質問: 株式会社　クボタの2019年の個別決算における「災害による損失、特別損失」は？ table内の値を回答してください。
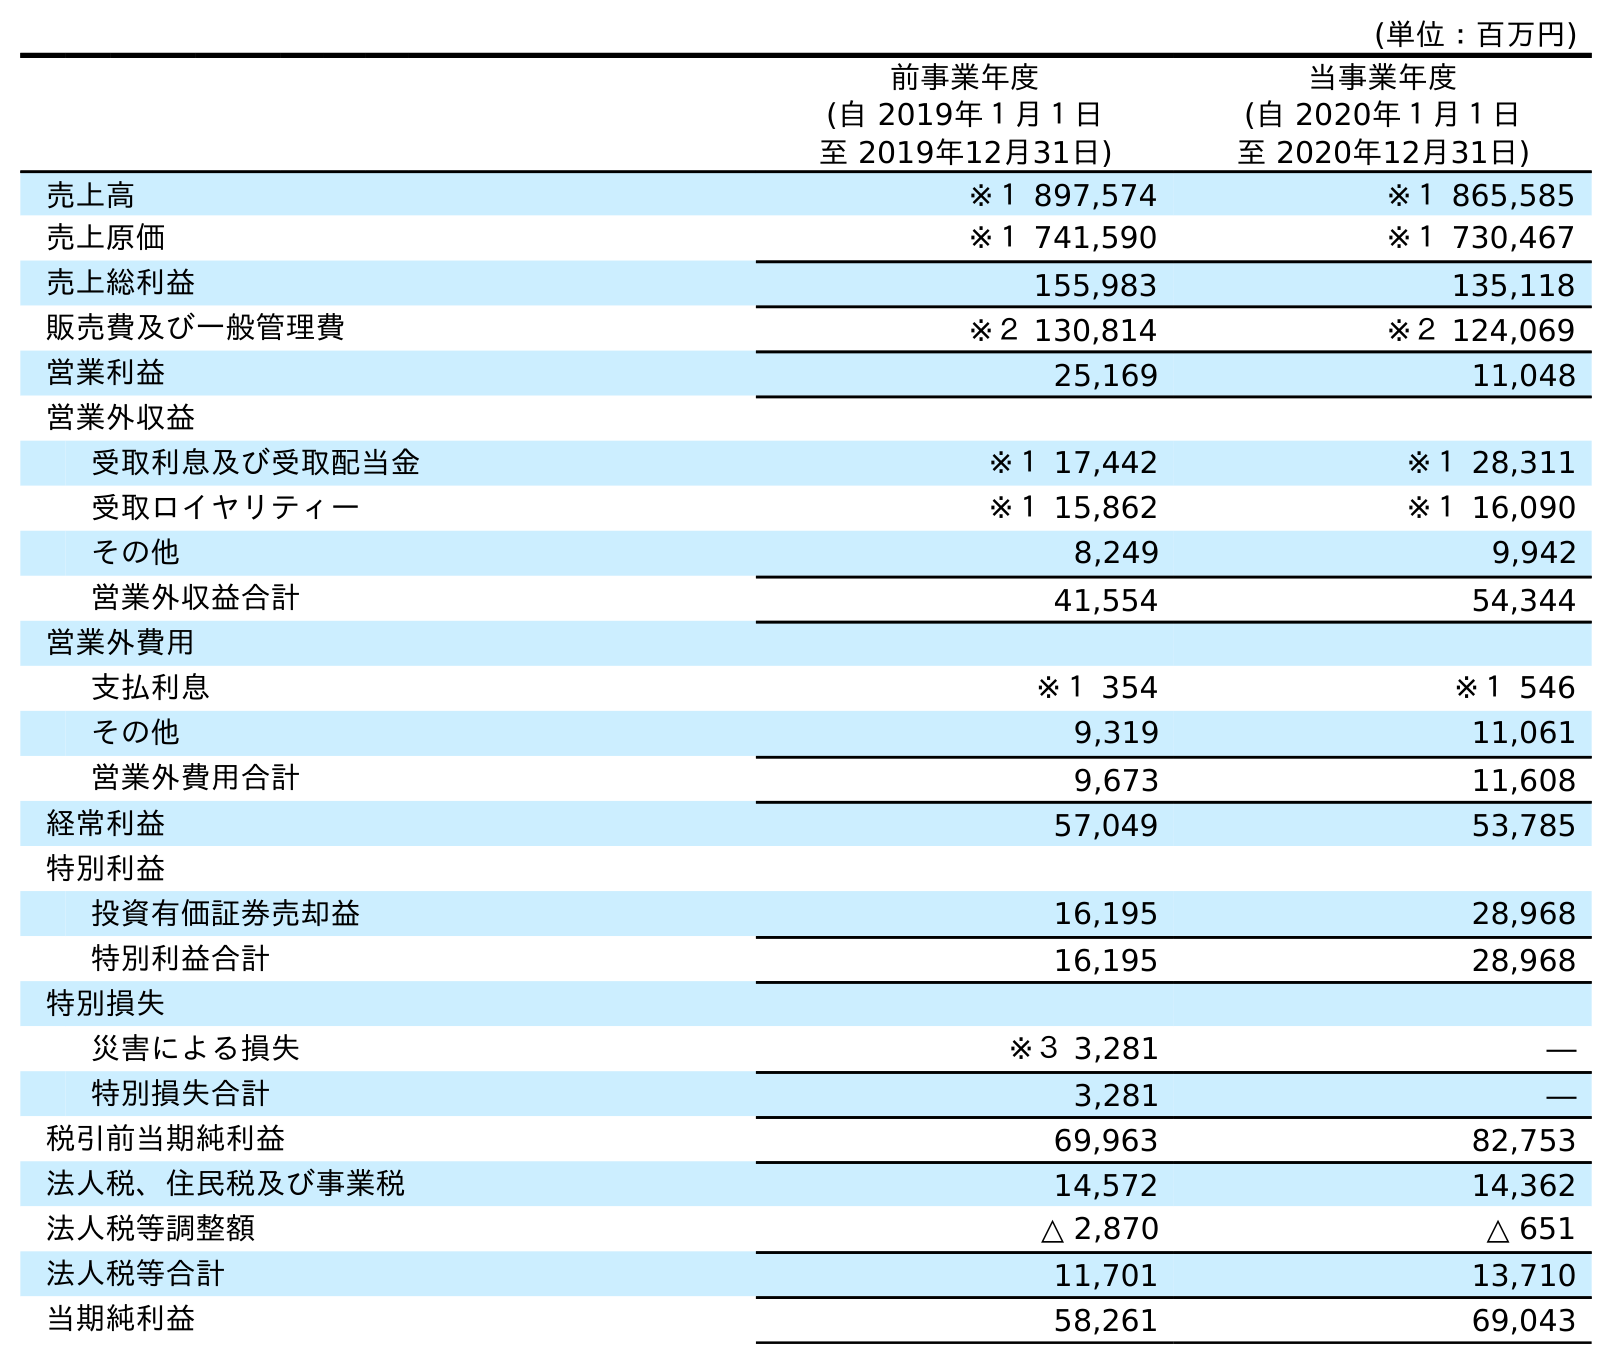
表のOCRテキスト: (単位：百万円) 前事業年度 (自 2019年１月１日 至 2019年12月31日) 当事業年度 (自 2020年１月１日 至 2020年12月31日) 売上高 ※１ 897,574 ※１ 865,585 売上原価 ※１ 741,590 ※１ 730,467 売上総利益 155,983 135,118 販売費及び一般管理費 ※２ 130,814 ※２ 124,069 営業利益 25,169 11,048 営業外収益 受取利息及び受取配当金 ※１ 17,442 ※１ 28,311 受取ロイヤリティー ※１ 15,862 ※１ 16,090 その他 8,249 9,942 営業外収益合計 41,554 54,344 営業外費用 支払利息 ※１ 354 ※１ 546 その他 9,319 11,061 営業外費用合計 9,673 11,608 経常利益 57,049 53,785 特別利益 投資有価証券売却益 16,195 28,968 特別利益合計 16,195 28,968 特別損失 災害による損失 ※３ 3,281 ― 特別損失合計 3,281 ― 税引前当期純利益 69,963 82,753 法人税、住民税及び事業税 14,572 14,362 法人税等調整額 △ 2,870 △ 651 法人税等合計 11,701 13,710 当期純利益 58,261 69,043
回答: ※３3,281